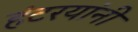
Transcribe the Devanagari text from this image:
हंटरयांनी